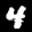
Label: 4